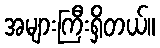
အများကြီးရှိတယ်။